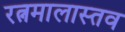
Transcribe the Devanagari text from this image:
रत्नमालास्तव